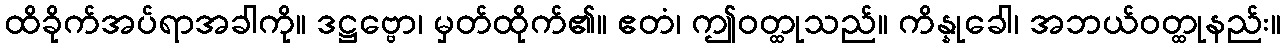
ထိခိုက်အပ်ရာအခါကို။ ဒဋ္ဌဗ္ဗော၊ မှတ်ထိုက်၏။ ဧတံ၊ ဤဝတ္ထုသည်။ ကိန္နုခေါ၊ အဘယ်ဝတ္ထုနည်း။